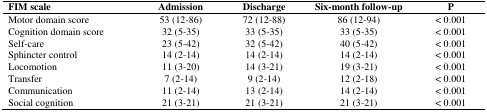
| FIM scale | Admission | Discharge | Six-month follow-up | P |
 | --- | --- | --- | --- | --- |
 | Motor domain score | 53 (12-86) | 72 (12-88) | 86 (12-94) | < 0.001 |
 | Cognition domain score | 32 (5-35) | 33 (5-35) | 33 (5-35) | < 0.001 |
 | Self-care | 23 (5-42) | 32 (5-42) | 40 (5-42) | < 0.001 |
 | Sphincter control | 14 (2-14) | 14 (2-14) | 14 (2-14) | < 0.001 |
 | Locomotion | 11 (3-20) | 14 (3-21) | 19 (3-21) | < 0.001 |
 | Transfer | 7 (2-14) | 9 (2-14) | 12 (2-18) | < 0.001 |
 | Communication | 11 (2-14) | 13 (2-14) | 14 (2-14) | < 0.001 |
 | Social cognition | 21 (3-21) | 21 (3-21) | 21 (3-21) | < 0.001 |